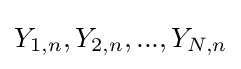
Y_{1,n},Y_{2,n},...,Y_{N,n}